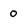
Character: 0